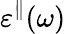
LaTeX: \varepsilon^{\parallel}(\omega)